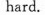
hard.